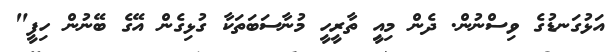
އަޅުގަނޑުގެ ވިސްނުން. ދެން މިއިީ ތާރީހީ މުނާސަބަތަކާ ގުޅިގެން އޭގެ ބޭނުން ހިފީ"